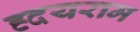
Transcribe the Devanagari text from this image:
ह्दयराम